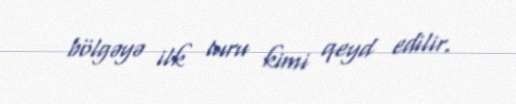
bölgəyə ilk turu kimi qeyd edilir.